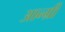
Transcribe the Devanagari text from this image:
आन्ग्री